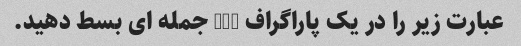
عبارت زیر را در یک پاراگراف 5-6 جمله ای بسط دهید.